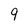
Character: 9